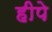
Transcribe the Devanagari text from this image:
हीपे